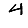
Digit: 4